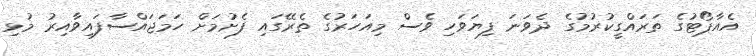
އެއާޕޯޓުގެ ތަރައްގީކުރުމުގެ ދެވަނަ ފިޔަވަހި ވެސް މިއަހަރުގެ ތެރޭގައި ފެށުމަށް ހަމަޖައްސާފައިވާއިރު މުޅި